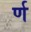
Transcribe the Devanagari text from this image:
र्ण